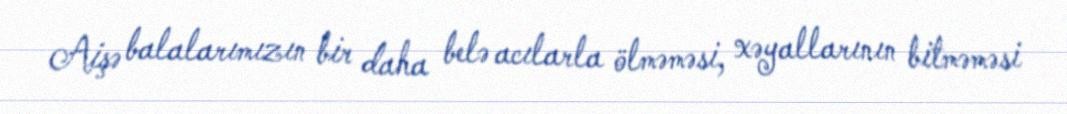
Aişə balalarımızın bir daha belə acılarla ölməməsi, xəyallarının bitməməsi